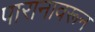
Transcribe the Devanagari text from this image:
पारानावरून